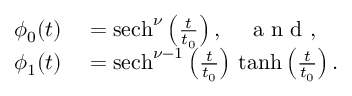
\begin{array} { r l } { \phi _ { 0 } ( t ) } & { { } = { \mathrm { s e c h } } ^ { \nu } \left( \frac { t } { t _ { 0 } } \right) , \quad \mathrm { ~ a ~ n ~ d ~ } , } \\ { \phi _ { 1 } ( t ) } & { { } = { \mathrm { s e c h } } ^ { \nu - 1 } \left( \frac { t } { t _ { 0 } } \right) \, { \mathrm { t a n h } } \left( \frac { t } { t _ { 0 } } \right) . } \end{array}